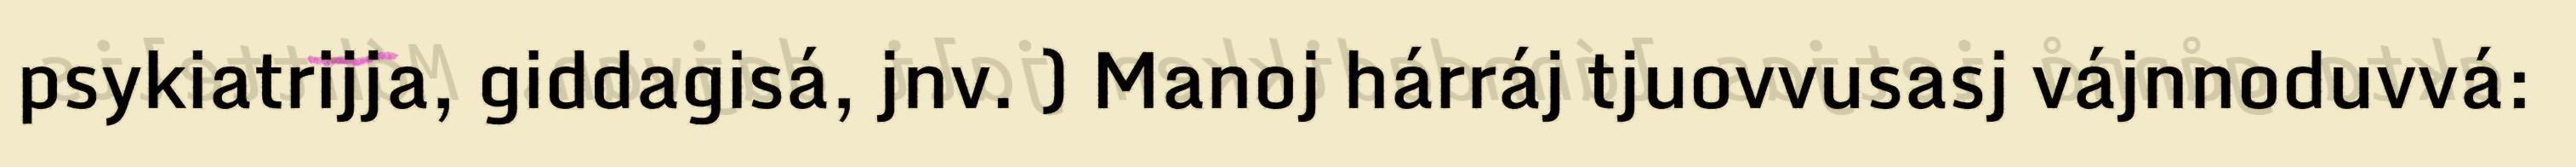
psykiatrijja, giddagisá, jnv. ) Manoj hárráj tjuovvusasj vájnnoduvvá: